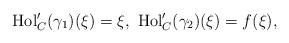
LaTeX: \begin{align*}{\rm Hol}'_C(\gamma_1)(\xi)=\xi,\ {\rm Hol}'_C(\gamma_2)(\xi)=f(\xi), \end{align*}